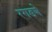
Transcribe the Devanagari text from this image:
रगडणे